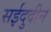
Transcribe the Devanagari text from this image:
सईदुदीन